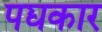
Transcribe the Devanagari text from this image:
पद्यकार